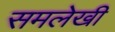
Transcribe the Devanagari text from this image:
समलेखी